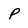
Character: p